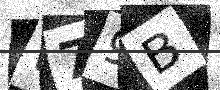
Text: W79B